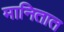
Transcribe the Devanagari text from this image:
मानितात